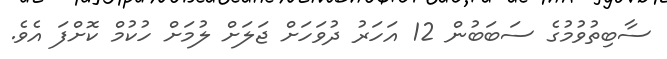
ސާބިތުވުމުގެ ސަބަބުން 12 އަހަރު ދުވަހަށް ޖަލަށް ލުމަށް ހުކުމް ކޮށްފަ އެވެ.